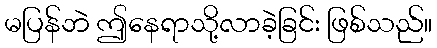
မပြန်ဘဲ ဤနေရာသို့လာခဲ့ခြင်း ဖြစ်သည်။